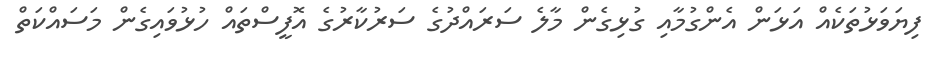
ފިޔަވަޅުތަކެއް އަޅަން އެންގުމާއި ގުޅިގެން މާލެ ސަރަައްދުގެ ސަރުކާރުގެ އޮފީސްތައް ހުޅުވައިގެން މަސައްކަތް